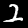
Digit: 2